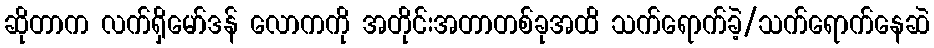
ဆိုတာက လက်ရှိမော်ဒန် လောကကို အတိုင်းအတာတစ်ခုအထိ သက်ရောက်ခဲ့/သက်ရောက်နေဆဲ